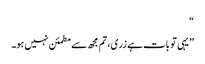
“
”یہی تو بات ہے زری، تم مجھ سے مطمئن نہیں ہو۔